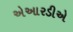
એઆરડીએ